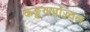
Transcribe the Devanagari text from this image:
कङ्कणप्रोज्ज्वलं